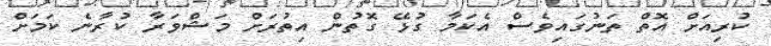
ކުރިއަށް އޮތް ތަނުގައިވެސް އެކަމާ ގުޅޭ ގޮތުން އިތުރަށް މަޝްވަރާ ކުރާނެ ކަމަށް